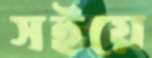
সইয়ে